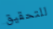
للتحقيق